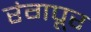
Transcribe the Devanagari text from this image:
रंगपूर